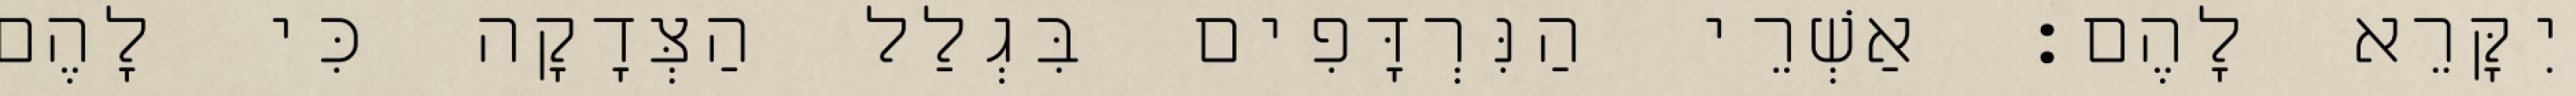
יִקָּרֵא לָהֶם׃ אַשְׁרֵי הַנִּרְדָּפִים בִּגְלַל הַצְּדָקָה כִּי לָהֶם